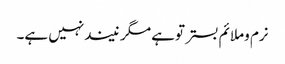
نرم وملائم بستر توہے مگر نیندنہیں ہے۔